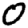
Digit: 0